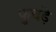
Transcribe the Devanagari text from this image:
फुचड़े